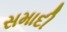
સમાદી